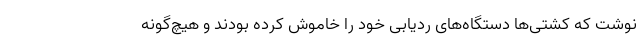
نوشت که کشتی‌ها دستگاه‌های ردیابی خود را خاموش کرده بودند و هیچ‌گونه